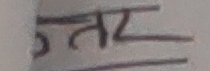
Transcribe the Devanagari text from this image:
उत्तर